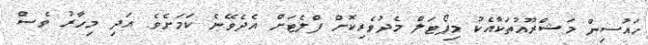
ހައުސިން މަޝްރޫއުތަކާއެކު މިޕޯޓަލް މެދުވެރިކޮށް ފްލެޓަށް އެދެވޭނެ ކަމަށެވެ. އަދި މިހާރު ވެސް